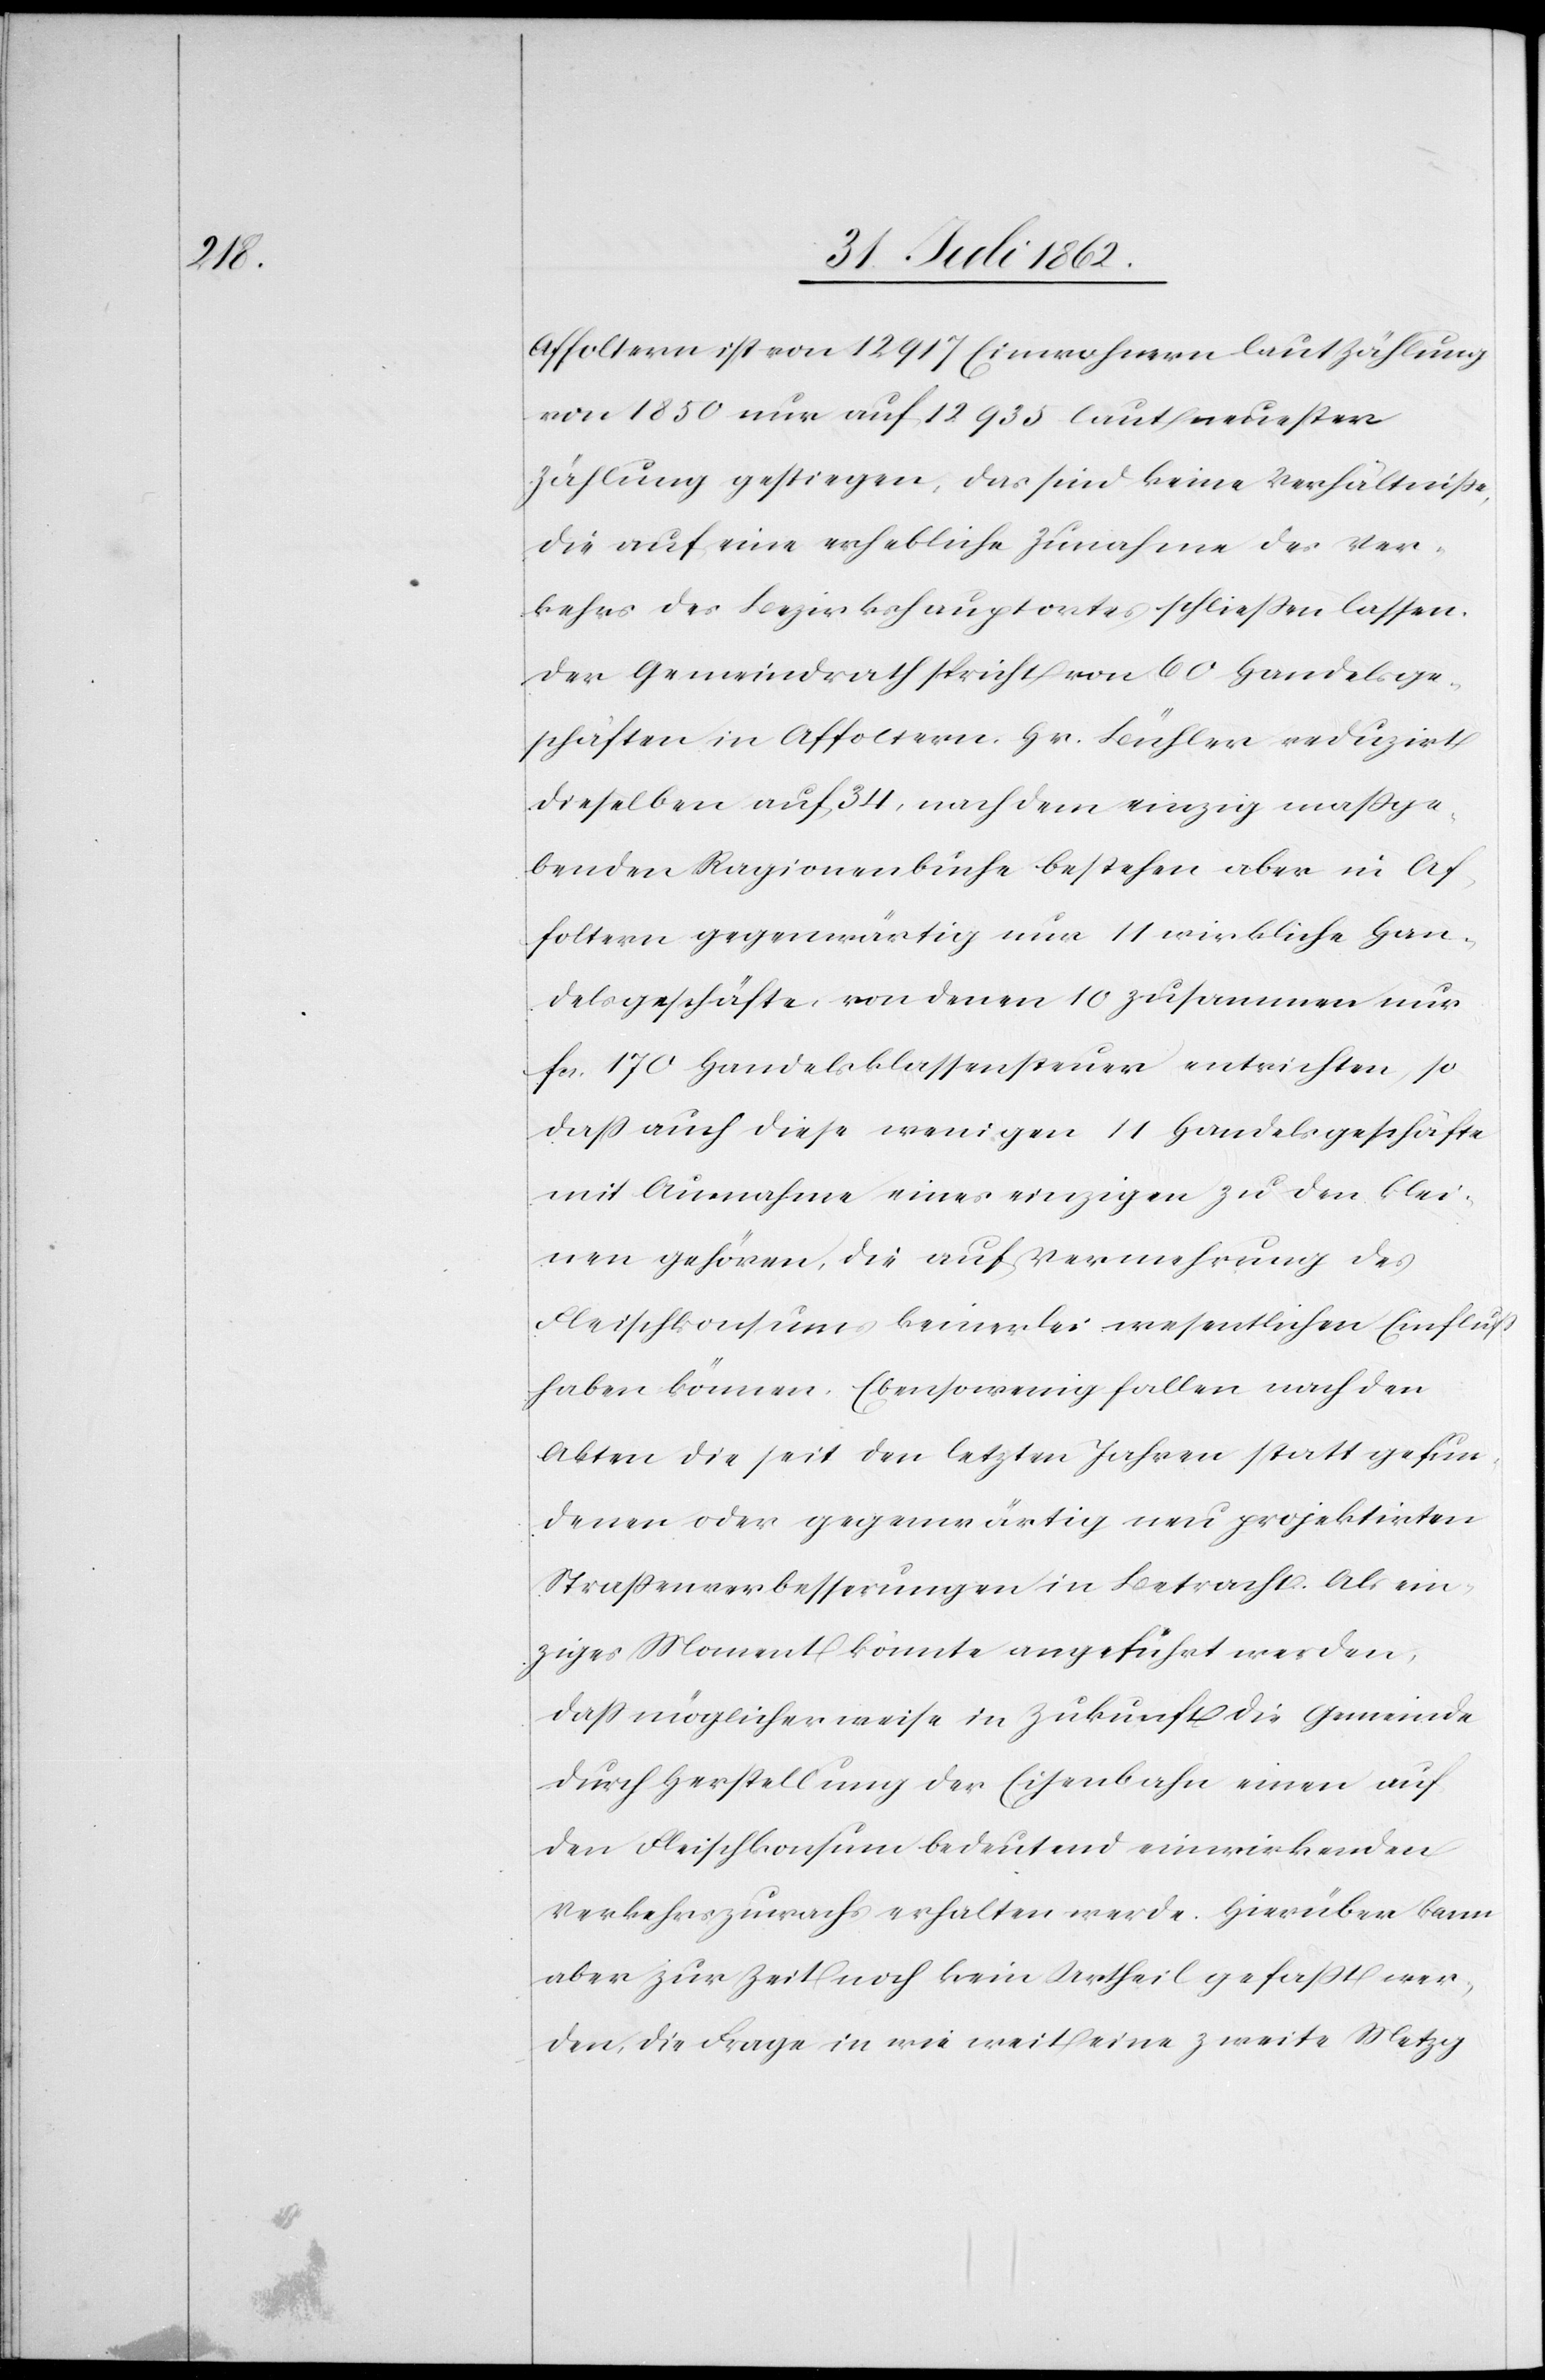
Affoltern ist von 12 917 Einwohnern laut Zählung
von 1850 nur auf 12 935 laut neuester
Zählung gestiegen, das sind keine Verhältniße
die auf eine erhebliche Zunahme des Ver¬
kehrs des Bezirkshautportes schließen lassen.
Der Gemeindrath spricht von 69 Handelsge¬
schäften in Affoltern. Hr. Bühler reduzirt
dieselben auf 34, nach dem einzig maßge¬
benden Ragionenbuche bestehen aber in Af¬
foltern gegenwärtig nur 11 wirkliche Han¬
delsgeschäfte, von denen 10 zusammen nur
fcs. 170 Handelsklassensteuer entrichten, so
daß auch diese wenigen 11 Handelsgeschäfte
mit Ausnahme eines einzigen zu den klei¬
nen gehören, die auf Vermehrung des
Fleischkonsumes keinerlei wesentlichen Einfluß
haben können. Ebensowenig fallen nach den
Akten die seit den letzten Jahren statt gefun¬
denen oder gegenwärtig neu projektirten
Straßenverbesserungen in Betracht. Als ein¬
ziges Moment könnte angeführt werden,
daß möglicherweise in Zukunft die Gemeinde
durch Herstellung der Eisenbahn einen auf
den Fleischkonsum bedeutend einwirkenden
Verkehrszuwachs erhalten werde. Hierüber kann
aber zur Zeit noch kein Urheil gefaßt wer¬
den, die Frage in wie weit eine zweite Metzg